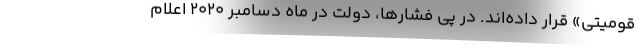
قومیتی» قرار داده‌اند. در پی فشارها، دولت در ماه دسامبر ۲۰۲۰ اعلام